Scientific memoirs by medical officers of the Army of India - Part XII,
Year: 1901
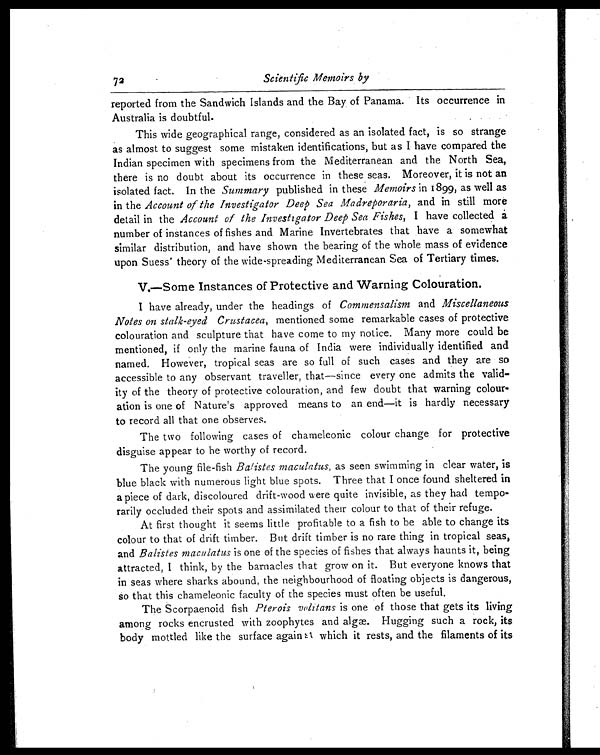
72
Scientific Memoirs by
reported from the Sandwich Islands and the Bay of Panama. Its occurrence in
Australia is doubtful.
This wide geographical range, considered as an isolated fact, is so strange
as almost to suggest some mistaken identifications, but as I have compared the
Indian specimen with specimens from the Mediterranean and the North Sea,
there is no doubt about its occurrence in these seas. Moreover, it is not an
isolated fact. In the Summary published in these Memoirs in 1899, as well as
in the Account of the Investigator Deep Sea Madreporaria, and in still more
detail in the Account of the Investigator Deep Sea Fishes, I have collected a
number of instances of fishes and Marine Invertebrates that have a somewhat
similar distribution, and have shown the bearing of the whole mass of evidence
upon Suess theory of the wide-spreading Mediterranean Sea of Tertiary times.
V.—Some Instances of Protective and Warning Colouration.
I have already, under the headings of Commensalism and Miscellaneous
Notes on stalk-eyed Crustacea, mentioned some remarkable cases of protective
colouration and sculpture that have come to my notice. Many more could be
mentioned, if only the marine fauna of India were individually identified and
named. However, tropical seas are so full of such cases and they are so
accessible to any observant traveller, that—since every one admits the valid-
ity of the theory of protective colouration, and few doubt that warning colour-
ation is one of Nature's approved means to an end—it is hardly necessary
to record all that one observes.
The two following cases of chameleonic colour change for protective
disguise appear to be worthy of record.
The young file-fish Balistes maculatus, as seen swimming in clear water, is
blue black with numerous light blue spots. Three that I once found sheltered in
a piece of dark, discoloured drift-wood were quite invisible, as they had tempo-
rarily occluded their spots and assimilated their colour to that of their refuge.
At first thought it seems little profitable to a fish to be able to change its
colour to that of drift timber. But drift timber is no rare thing in tropical seas,
and Balistes maculatus is one of the species of fishes that always haunts it, being
attracted, I think, by the barnacles that grow on it. But everyone knows that
in seas where sharks abound, the neighbourhood of floating objects is dangerous,
so that this chameleonic faculty of the species must often be useful.
The Scorpaenoid fish Pterois volitans is one of those that gets its living
among rocks encrusted with zoophytes and algæ. Hugging such a rock, its
body mottled like the surface against which it rests, and the filaments of its